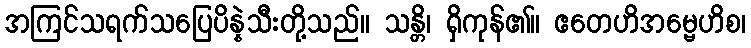
အကြင်သရက်သပြေပိန္နဲသီးတို့သည်။ သန္တိ၊ ရှိကုန်၏။ ဧတေဟိအမ္ဗေဟိစ၊